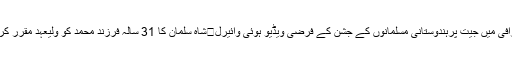
واچ:پاکستان کی چیمپئنس ٹرافی میں جیت پرہندوستانی مسلمانوں کے جشن کے فرضی ویڈیو ہوئی وائیرل	شاہ سلمان کا 31 سالہ فرزند محمد کو ولیعہد مقرر کرنے کا اعلان	Trending